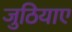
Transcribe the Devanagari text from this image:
जुठियाए